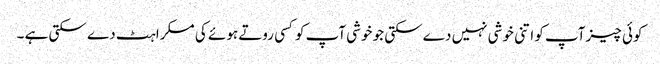
کوئی چیز آپ کو اتنی خوشی نہیں دے سکتی جو خوشی آپ کوکسی روتے ہوئے کی مسکراہٹ دے سکتی ہے ۔